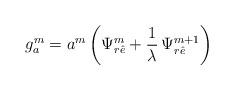
LaTeX: \begin{align*}g_a^m=a^m\left(\Psi_{r\hat e}^m+\frac{1}{\lambda}\,\Psi_{r\hat e}^{m+1}\right)\end{align*}